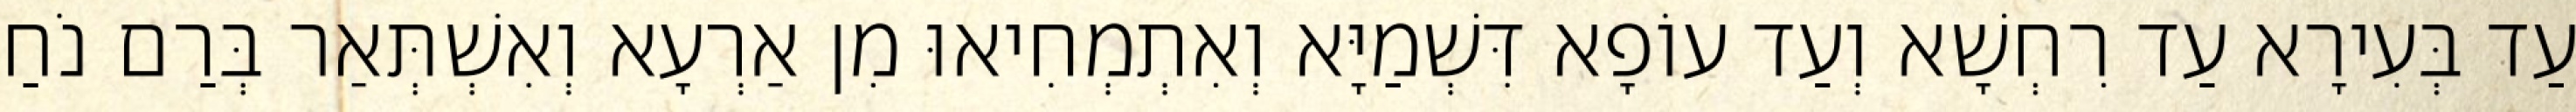
עַד בְּעִירָא עַד רִחְשָׁא וְעַד עוֹפָא דִּשְׁמַיָּא וְאִתְמְחִיאוּ מִן אַרְעָא וְאִשְׁתְּאַר בְּרַם נֹחַ